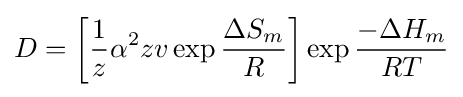
D=\left[{\frac {1}{z}}\alpha ^{2}zv\exp {\frac {\Delta S_{m}}{R}}\right]\exp {\frac {-\Delta H_{m}}{RT}}